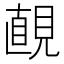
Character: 𧡚